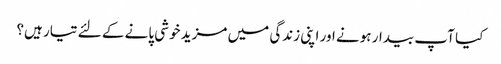
کیا آپ بیدار ہونے اور اپنی زندگی میں مزید خوشی پانے کے لئے تیار ہیں؟